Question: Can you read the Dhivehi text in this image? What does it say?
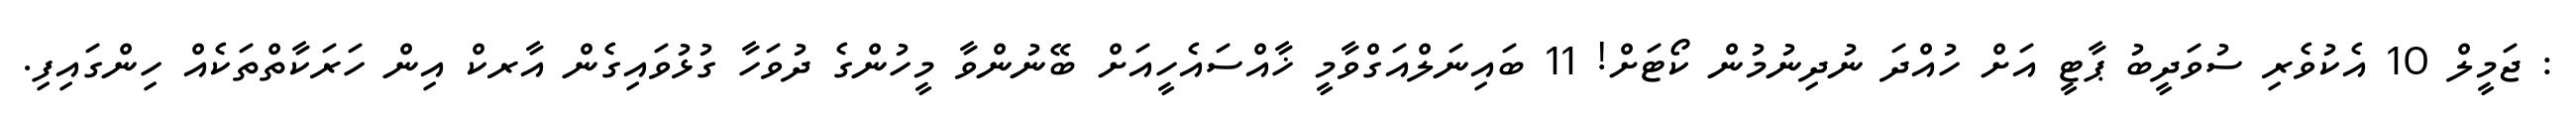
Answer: : ޖަމީލް 10 އެކުވެރި ސުވަދީބު ޕާޓީ އަށް ހުއްދަ ނުދިނުމުން ކޯޓަށް! 11 ބައިނަލްއަގްވާމީ ޚާއްސައެހީއަށް ބޭނުންވާ މީހުންގެ ދުވަހާ ގުޅުވައިގެން އާރކް އިން ހަރަކާތްތަކެއް ހިންގައިފި.